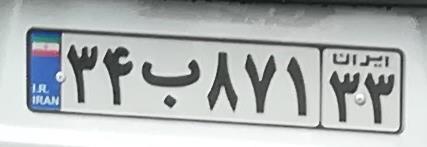
۳۴ب۸۷۱۳۳